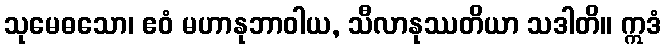
သုမေဓသော၊ ဧဝံ မဟာနုဘာဝါယ, သီလာနုဿတိယာ သဒါတိ။ ဣဒံ